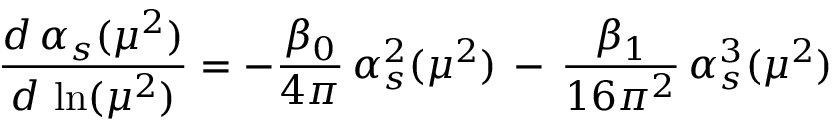
\frac { d \, \alpha _ { s } ( \mu ^ { 2 } ) } { d \, \ln ( \mu ^ { 2 } ) } = - \frac { \beta _ { 0 } } { 4 \pi } \, \alpha _ { s } ^ { 2 } ( \mu ^ { 2 } ) \, - \, \frac { \beta _ { 1 } } { 1 6 \pi ^ { 2 } } \, \alpha _ { s } ^ { 3 } ( \mu ^ { 2 } )